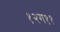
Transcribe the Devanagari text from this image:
१२ग११